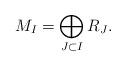
LaTeX: \begin{align*}M_I = \bigoplus_{J\subset I} R_J.\end{align*}